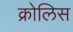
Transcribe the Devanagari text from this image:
क्रोलिस